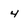
Character: 4